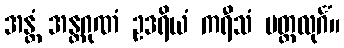
အန္တံ အန္တဂုဏံ ဥဒရိယံ ကရီသံ မတ္တလုင်္ဂံ။